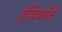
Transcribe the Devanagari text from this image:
तुंडिवादि